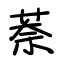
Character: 萘